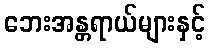
ဘေးအန္တရာယ်များနှင့်